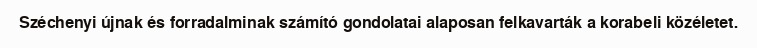
Széchenyi újnak és forradalminak számító gondolatai alaposan felkavarták a korabeli közéletet.